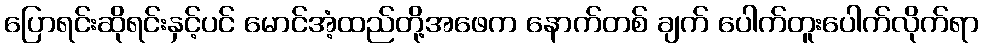
ပြောရင်းဆိုရင်းနှင့်ပင် မောင်အံ့ထည်တို့အဖေက နောက်တစ် ချက် ပေါက်တူးပေါက်လိုက်ရာ